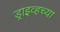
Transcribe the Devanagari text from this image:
ड्राइव्हच्या